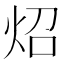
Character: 炤